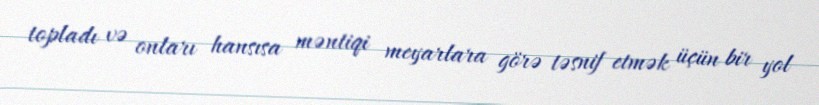
topladı və onları hansısa məntiqi meyarlara görə təsnif etmək üçün bir yol